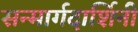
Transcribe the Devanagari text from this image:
सन्मार्गदार्शिनी